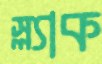
স্ল্যাক